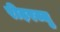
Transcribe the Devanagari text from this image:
रीढ़रज्जु